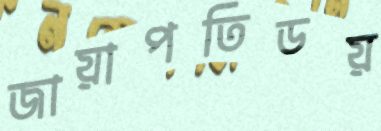
জায়াপতিডয়